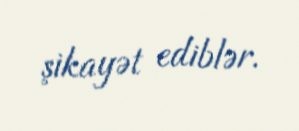
şikayət ediblər.